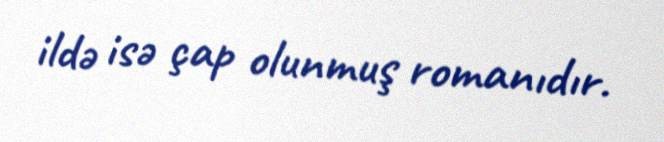
ildə isə çap olunmuş romanıdır.